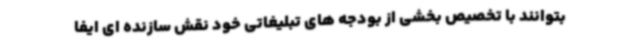
بتوانند با تخصیص بخشی از بودجه های تبلیغاتی خود نقش سازنده ای ایفا